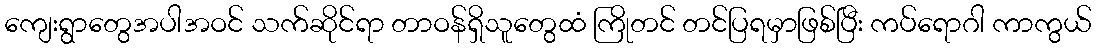
ကျေးရွာတွေအပါအဝင် သက်ဆိုင်ရာ တာဝန်ရှိသူတွေထံ ကြိုတင် တင်ပြရမှာဖြစ်ပြီး ကပ်ရောဂါ ကာကွယ်